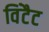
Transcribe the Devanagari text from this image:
विंटैट